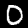
Digit: 0